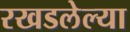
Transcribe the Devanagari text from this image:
रखडलेल्या